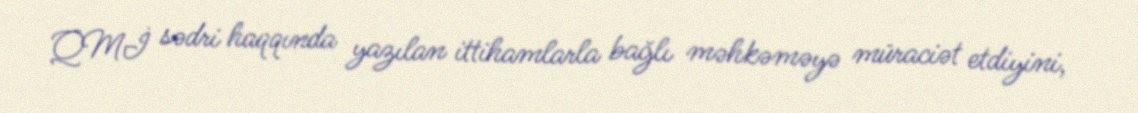
QMİ sədri haqqında yazılan ittihamlarla bağlı məhkəməyə müraciət etdiyini,